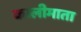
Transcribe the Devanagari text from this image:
कालीमाता